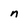
Character: n